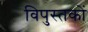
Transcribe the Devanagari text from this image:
विपुस्तकों